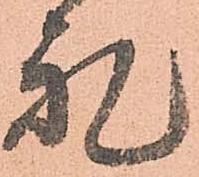
礼